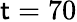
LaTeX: \mathsf{t}=70